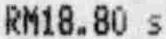
RM18.80 S